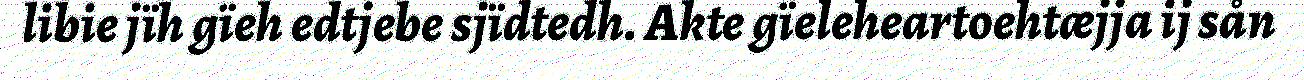
libie jïh gïeh edtjebe sjïdtedh. Akte gïeleheartoehtæjja ij sån